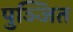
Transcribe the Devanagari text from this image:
पुञ्जित